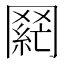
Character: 𮊌